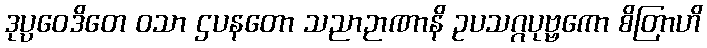
ဒုပ္ပဝေဒိတေ ဝသာ ဌပနတော သညာဉာဏာနိ ဥပသဂ္ဂပုဗ္ဗကော စိတြာဟိ